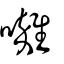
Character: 囃